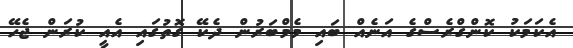
އެކަމަކު ކޮންގްރެސްގެ އަނެއް ބައި މެމްބަރުން ދެކޭ ގޮތުގައި އެއީ ކުރަން ޖެހޭ